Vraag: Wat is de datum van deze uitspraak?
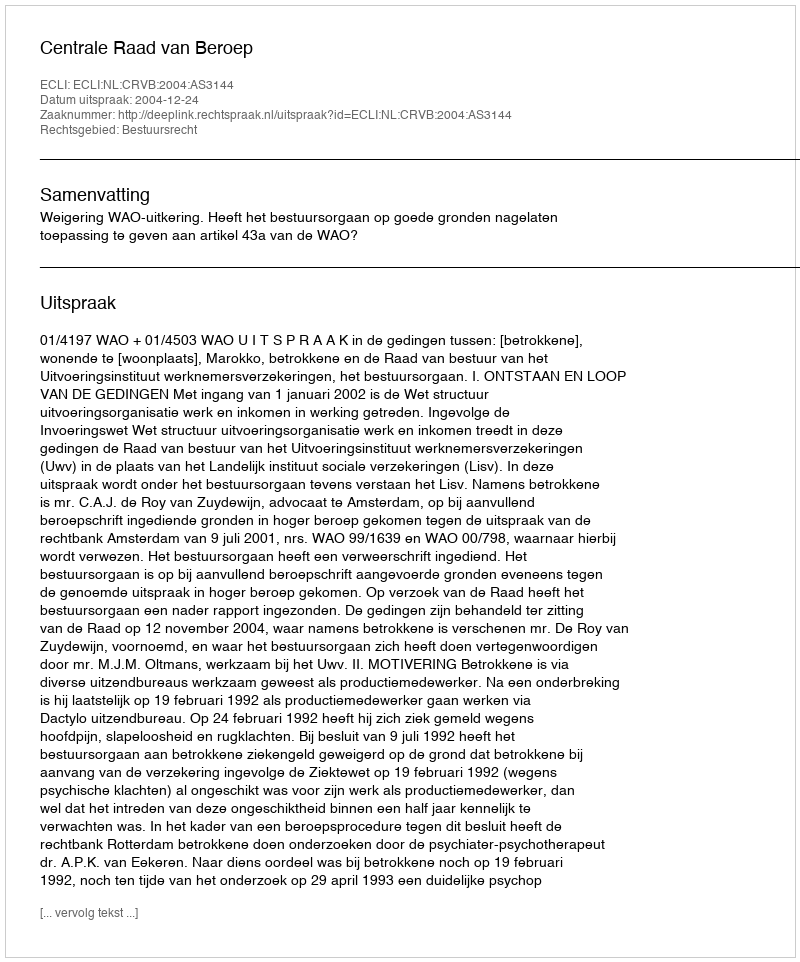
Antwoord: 2004-12-24